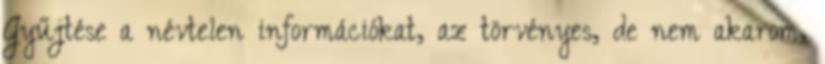
Gyűjtése a névtelen információkat, az törvényes, de nem akarom,